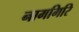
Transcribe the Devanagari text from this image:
नामगिरि